Indian journal of veterinary science and animal husbandry - Volumes 15-17, 1948-1951
Year: 1948
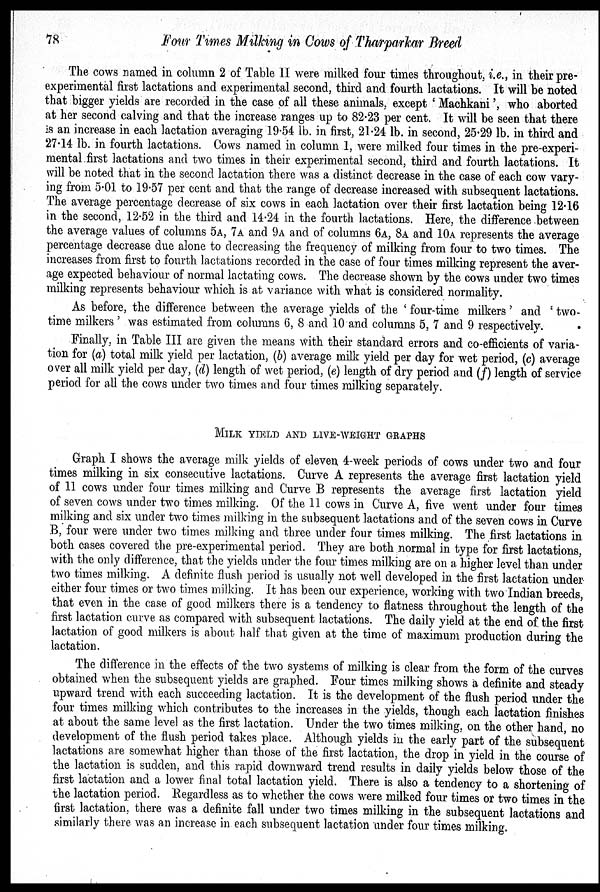
78
Four Times Milking in Cows of Tharparkar Breed
The cows named in column 2 of Table II were milked four times throughout, i.e., in their pre-
experimental first lactations and experimental second, third and fourth lactations. It will be noted
that bigger yields are recorded in the case of all these animals, except 'Machkani', who aborted
at her second calving and that the increase ranges up to 82.23 per cent. It will be seen that there
is an increase in each lactation averaging 19.54 lb. in first, 21.24 lb. in second, 25.29 lb. in third and
27.14 lb. in fourth lactations. Cows named in column 1, were milked four times in the pre-experi-
mental first lactations and two times in their experimental second, third and fourth lactations. It
will be noted that in the second lactation there was a distinct decrease in the case of each cow vary-
ing from 5.01 to 19.57 per cent and that the range of decrease increased with subsequent lactations.
The average percentage decrease of six cows in each lactation over their first lactation being 12.16
in the second, 12.52 in the third and 14.24 in the fourth lactations. Here, the difference between
the average values of columns 5A, 7A and 9A and of columns 6A, 8A and 10A represents the average
percentage decrease due alone to decreasing the frequency of milking from four to two times. The
increases from first to fourth lactations recorded in the case of four times milking represent the aver-
age expected behaviour of normal lactating cows. The decrease shown by the cows under two times
milking represents behaviour which is at variance with what is considered normality.
As before, the difference between the average yields of the 'four-time milkers' and 'two-
time milkers' was estimated from columns 6, 8 and 10 and columns 5, 7 and 9 respectively.
Finally, in Table III are given the means with their standard errors and co-efficients of varia-
tion for (a) total milk yield per lactation, (b) average milk yield per day for wet period, (c) average
over all milk yield per day, (d) length of wet period, (e) length of dry period and (f) length of service
period for all the cows under two times and four times milking separately.
MILK YIELD AND LIVE-WEIGHT GRAPHS
Graph I shows the average milk yields of eleven 4-week periods of cows under two and four
times milking in six consecutive lactations. Curve A represents the average first lactation yield
of 11 cows under four times milking and Curve B represents the average first lactation yield
of seven cows under two times milking. Of the 11 cows in Curve A, five went under four times
milking and six under two times milking in the subsequent lactations and of the seven cows in Curve
B, four were under two times milking and three under four times milking. The first lactations in
both cases covered the pre-experimental period. They are both normal in type for first lactations,
with the only difference, that the yields under the four times milking are on a higher level than under
two times milking. A definite flush period is usually not well developed in the first lactation under
either four times or two times milking. It has been our experience, working with two Indian breeds,
that even in the case of good milkers there is a tendency to flatness throughout the length of the
first lactation curve as compared with subsequent lactations. The daily yield at the end of the first
lactation of good milkers is about half that given at the time of maximum production during the
lactation.
The difference in the effects of the two systems of milking is clear from the form of the curves
obtained when the subsequent yields are graphed. Four times milking shows a definite and steady
upward trend with each succeeding lactation. It is the development of the flush period under the
four times milking which contributes to the increases in the yields, though each lactation finishes
at about the same level as the first lactation. Under the two times milking, on the other hand, no
development of the flush period takes place. Although yields in the early part of the subsequent
lactations are somewhat higher than those of the first lactation, the drop in yield in the course of
the lactation is sudden, and this rapid downward trend results in daily yields below those of the
first lactation and a lower final total lactation yield. There is also a tendency to a shortening of
the lactation period. Regardless as to whether the cows were milked four times or two times in the
first lactation, there was a definite fall under two times milking in the subsequent lactations and
similarly there was an increase in each subsequent lactation under four times milking.